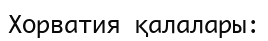
Хорватия қалалары: